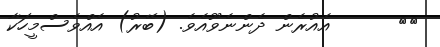
٧٠      އެއުރެން ދެންނެވޫއެވެ. (ބޭރު) އެއްވެސްމީހަކާ